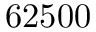
6 2 5 0 0